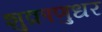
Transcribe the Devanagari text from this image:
शुक्राणुधर